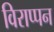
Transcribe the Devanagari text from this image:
विराप्पन